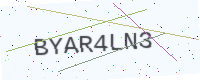
Text: BYAR4LN3